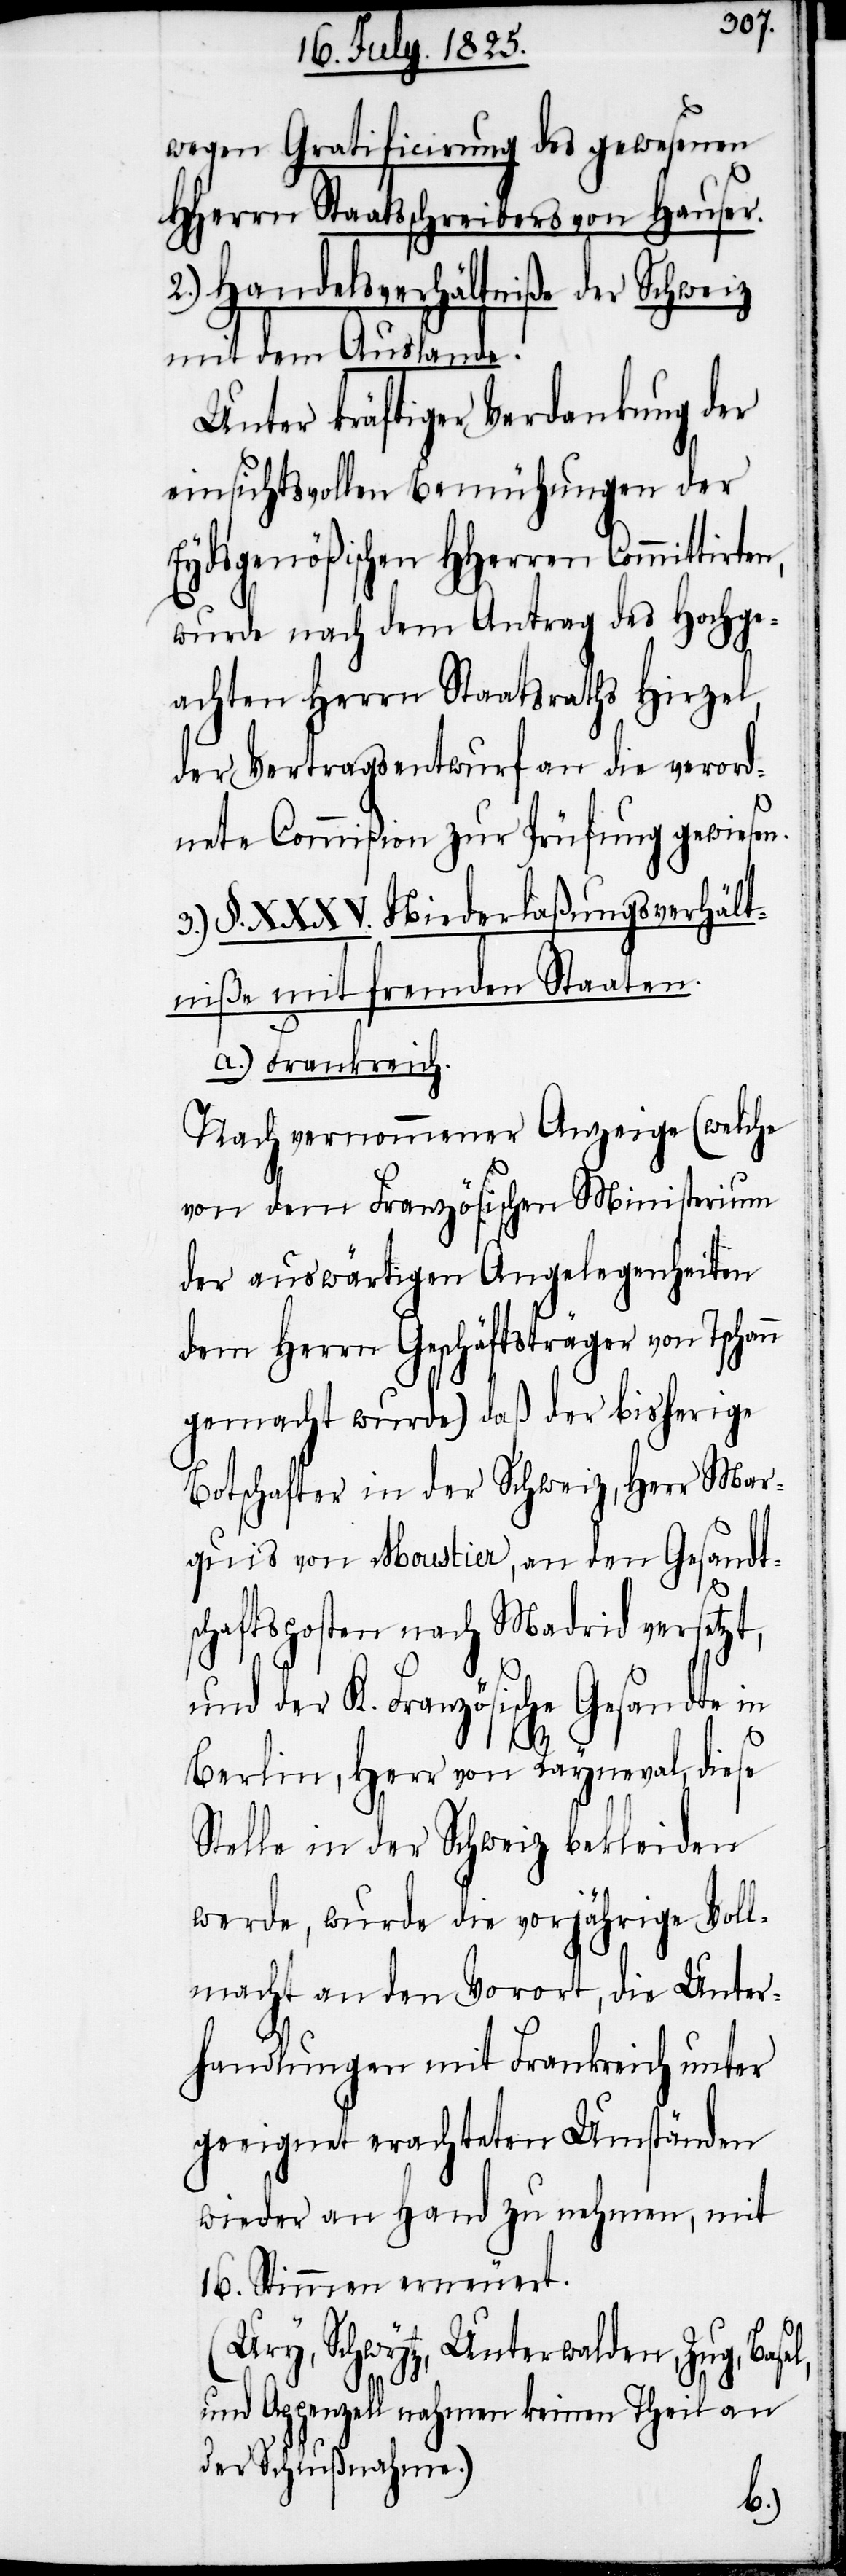
wegen Gratificirung des gewesenen
HHerrn Staatsschreibers von Hauser.
2.) Handelsverhältniße der Schweiz
mit dem Auslande.
Unter kräftiger Verdankung der
einsichtsvollen Bemühungen der
Eydsgenößischen HHerren Commitirten,
wurde nach dem Antrag des Hochge¬
achten Herrn Staatsraths Hirzel,
der Vertragsentwurf an die verord¬
nete Commißion zur Prüfung gewiesen.
3.) §. XXXV. Niederlaßungsverhält¬
niße mit fremden Staaten.
a.) Frankreich.
Nach vernommener Anzeige (welche
von dem Französischen Ministerium
der auswärtigen Angelegenheiten
dem Herrn Geschäftsträger von Tschann
gemacht wurde) daß der bisherige
Botschafter in der Schweiz, Herr Mar¬
quis von Moustier, an den Gesandt¬
schaftsposten nach Madrid versetzt,
und der K. Französische Gesandte in
Berlin, Herr von Rayneval, diese
Stelle in der Schweiz bekleiden
werde, wurde die vorjährige Voll¬
macht an den Vorort, die Unter¬
handlungen mit Frankreich unter
geeignet erachteten Umständen
wieder an Hand zu nehmen, mit
16. Stimmen erneuert.
(Ury, Schwytz, Unterwalden, Zug, Base¬
l,
und Appenzell nehmen keinen Theil an
der Schlußnahme.)